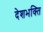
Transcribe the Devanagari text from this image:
देशभक्‍ित